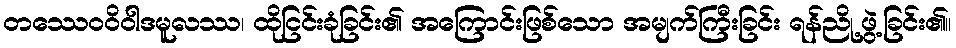
တဿေဝဝိဝါဒမူလဿ၊ ထိုငြင်းခုံခြင်း၏ အကြောင်းဖြစ်သော အမျက်ကြီးခြင်း ရန်ညို့ဖွဲ့ခြင်း၏။